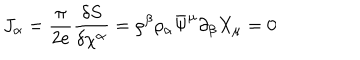
J _ { \alpha } = \frac { \pi } { 2 e } \frac { \delta S } { \delta \chi ^ { \alpha } } = \rho ^ { \beta } \rho _ { \alpha } \bar { \Psi } ^ { \mu } \partial _ { \beta } X _ { \mu } = 0